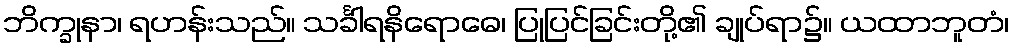
ဘိက္ခုနာ၊ ရဟန်းသည်။ သင်္ခါရနိရောဓေ၊ ပြုပြင်ခြင်းတို့၏ ချုပ်ရာ၌။ ယထာဘူတံ၊